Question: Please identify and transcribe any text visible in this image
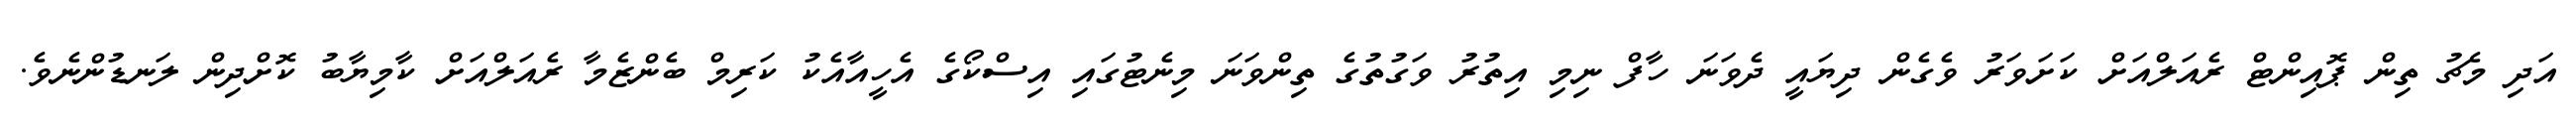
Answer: އަދި މެޗު ތިން ޕޮއިންޓް ރެއަލްއަށް ކަށަވަރު ވެގެން ދިޔައީ ދެވަނަ ހާފް ނިމި އިތުރު ވަގުތުގެ ތިންވަނަ މިނެޓުގައި އިސްކޯގެ އެހީއާއެކު ކަރިމް ބެންޒެމާ ރެއަލްއަށް ކާމިޔާބު ކޮށްދިން ލަނޑުންނެވެ.